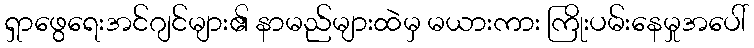
ရှာဖွေရေးအင်ဂျင်များ၏ နာမည်များထဲမှ မယားကား ကြိုးပမ်းနေမှုအပေါ်